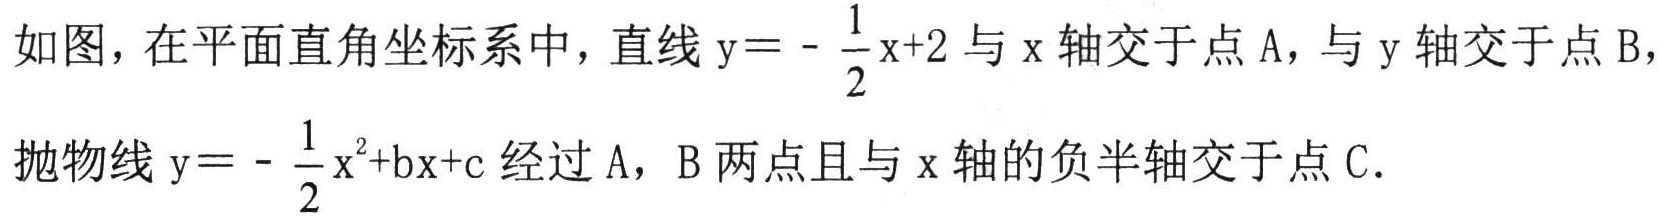
如图，在平面直角坐标系中，直线\(y = -\dfrac{1}{2}x + 2\)与\(x\)轴交于点\(A\)，与\(y\)轴交于点\(B\)，抛物线\(y = -\dfrac{1}{2}x^{2}+bx + c\)经过\(A\)，\(B\)两点且与\(x\)轴的负半轴交于点\(C\).